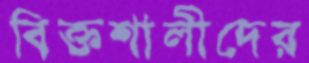
বিক্তশালীদের